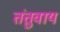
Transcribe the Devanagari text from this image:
तंतुवाय